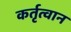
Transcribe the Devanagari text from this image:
कर्तृत्वान